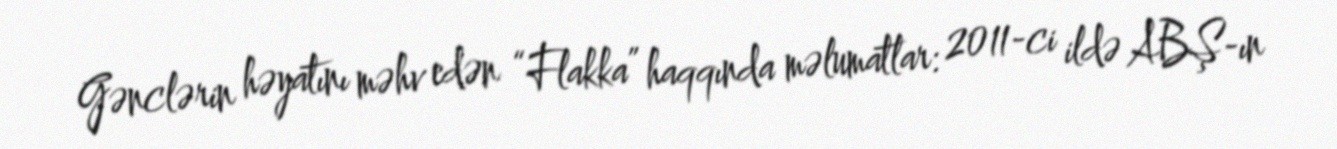
Gənclərin həyatını məhv edən “Flakka” haqqında məlumatlar: 2011-ci ildə ABŞ-ın